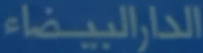
الدارالبيضاء